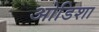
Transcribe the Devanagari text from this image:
ओडिशा